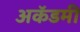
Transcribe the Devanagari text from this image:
अकॅडमी